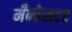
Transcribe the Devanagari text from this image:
मँन्चेसटर